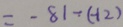
= - 8 1 - ( - 1 2 )